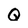
Character: Q